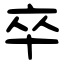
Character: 卒